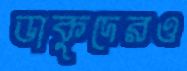
ডাকুদেরও